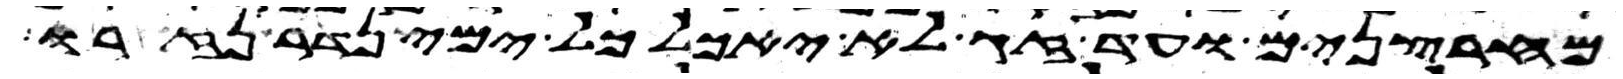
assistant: מחרצנים ועד זג לא יאכל כל ימי נדר נזרו